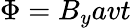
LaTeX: \Phi=B_{y}avt